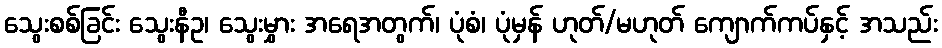
သွေးစစ်ခြင်း သွေးနီဥ၊ သွေးမွှား အရေအတွက်၊ ပုံစံ၊ ပုံမှန် ဟုတ်/မဟုတ် ကျောက်ကပ်နှင့် အသည်း